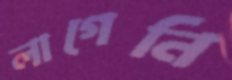
লাগেনি